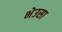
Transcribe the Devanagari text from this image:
भेउसा